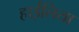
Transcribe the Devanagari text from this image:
हाईलिया